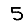
Digit: 5